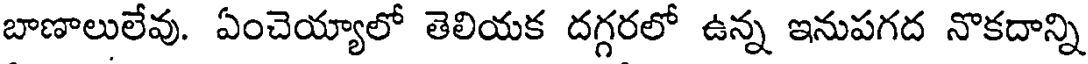
బాణాలులేవు. ఏంచెయ్యాలో తెలియక దగ్గరలో ఉన్న ఇనుపగద నొకదాన్ని